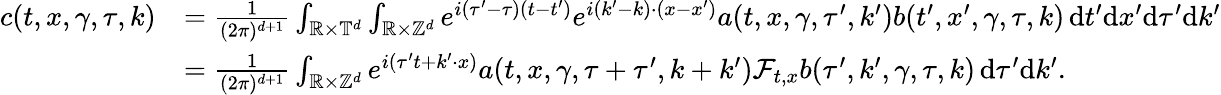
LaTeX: \begin{array}{rl}{c(t,x,\gamma,\tau,k)}&{=\frac{1}{(2\pi)^{d+1}}\int_{\mathbb R\times\mathbb T^{d}}\int_{\mathbb R\times\mathbb Z^{d}}e^{i(\tau^{\prime}-\tau)(t-t^{\prime})}e^{i(k^{\prime}-k)\cdot(x-x^{\prime})}a(t,x,\gamma,\tau^{\prime},k^{\prime})b(t^{\prime},x^{\prime},\gamma,\tau,k)\, \mathrm{d}t^{\prime}\mathrm{d}x^{\prime}\mathrm{d}\tau^{\prime}\mathrm{d}k^{\prime}}\\ &{=\frac{1}{(2\pi)^{d+1}}\int_{\mathbb R\times\mathbb Z^{d}}e^{i(\tau^{\prime}t+k^{\prime}\cdot x)}a(t,x,\gamma,\tau+\tau^{\prime},k+k^{\prime})\mathcal{F}_{t,x}b(\tau^{\prime},k^{\prime},\gamma,\tau,k)\, \mathrm{d}\tau^{\prime}\mathrm{d}k^{\prime}.}\end{array}